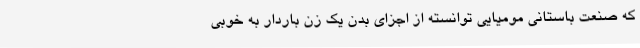
که صنعت باستانی مومیایی توانسته از اجزای بدن یک زن باردار به خوبی